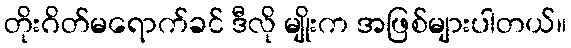
တိုးဂိတ်မရောက်ခင် ဒီလို မျိုးက အဖြစ်များပါတယ်။